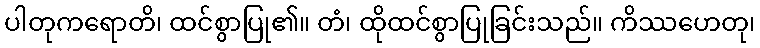
ပါတုကရောတိ၊ ထင်စွာပြု၏။ တံ၊ ထိုထင်စွာပြုခြင်းသည်။ ကိဿဟေတု၊